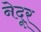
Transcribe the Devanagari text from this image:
नेदूर्